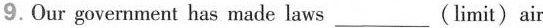
9.Our government has made laws___(limit)air